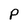
Character: P